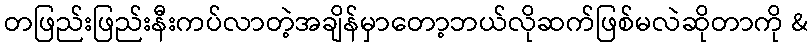
တဖြည်းဖြည်းနီးကပ်လာတဲ့အချိန်မှာတော့ဘယ်လိုဆက်ဖြစ်မလဲဆိုတာကို &